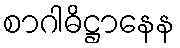
စာဂါဓိဋ္ဌာနေန